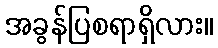
အခွန်ပြစရာရှိလား။